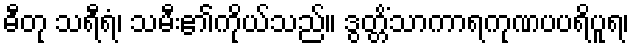
ဓီတု သရီရံ၊ သမီး၏ကိုယ်သည်။ ဒွတ္တိံသာကာရကုဏပပရိပူရ၊